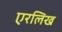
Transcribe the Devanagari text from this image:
एरलिख